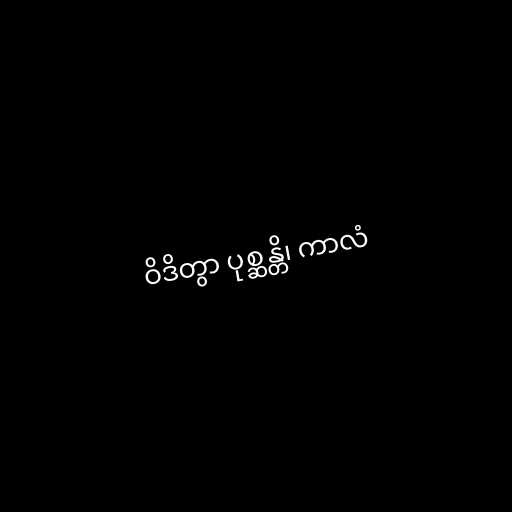
ဝိဒိတွာ ပုစ္ဆန္တိ၊ ကာလံ